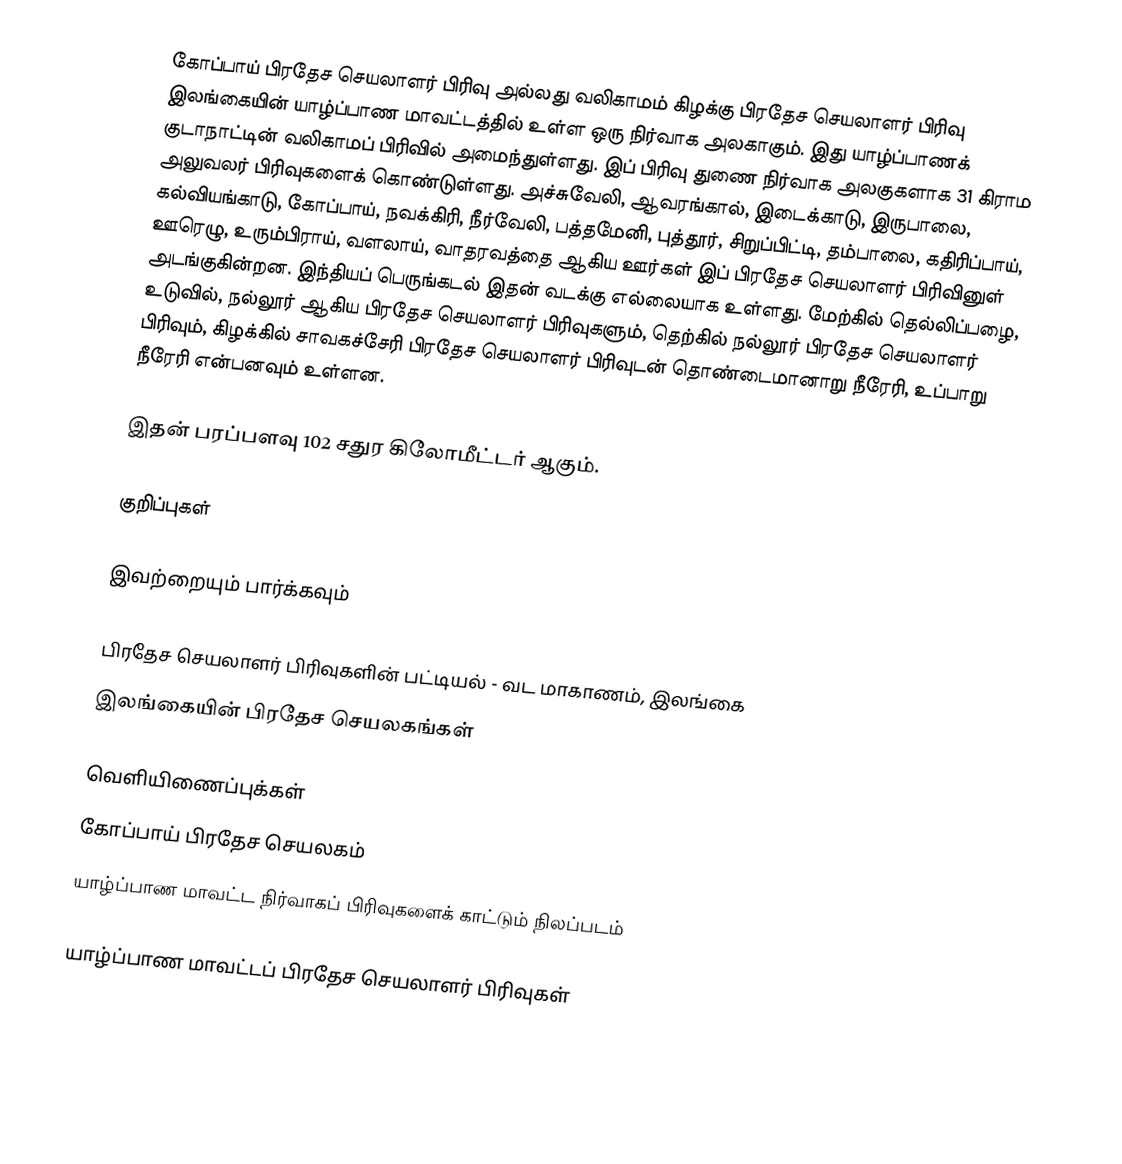
கோப்பாய் பிரதேச செயலாளர் பிரிவு அல்லது வலிகாமம் கிழக்கு பிரதேச செயலாளர் பிரிவு இலங்கையின் யாழ்ப்பாண மாவட்டத்தில் உள்ள ஒரு நிர்வாக அலகாகும். இது யாழ்ப்பாணக் குடாநாட்டின் வலிகாமப் பிரிவில் அமைந்துள்ளது. இப் பிரிவு துணை நிர்வாக அலகுகளாக 31 கிராம அலுவலர் பிரிவுகளைக் கொண்டுள்ளது. அச்சுவேலி, ஆவரங்கால், இடைக்காடு, இருபாலை, கல்வியங்காடு, கோப்பாய், நவக்கிரி, நீர்வேலி, பத்தமேனி, புத்தூர், சிறுப்பிட்டி, தம்பாலை, கதிரிப்பாய், ஊரெழு, உரும்பிராய், வளலாய், வாதரவத்தை  ஆகிய ஊர்கள் இப் பிரதேச செயலாளர் பிரிவினுள் அடங்குகின்றன. இந்தியப் பெருங்கடல் இதன் வடக்கு எல்லையாக உள்ளது. மேற்கில் தெல்லிப்பழை, உடுவில், நல்லூர் ஆகிய பிரதேச செயலாளர் பிரிவுகளும், தெற்கில் நல்லூர் பிரதேச செயலாளர் பிரிவும், கிழக்கில் சாவகச்சேரி பிரதேச செயலாளர் பிரிவுடன் தொண்டைமானாறு நீரேரி, உப்பாறு நீரேரி என்பனவும் உள்ளன.

இதன் பரப்பளவு 102 சதுர கிலோமீட்டர் ஆகும்.

குறிப்புகள்

இவற்றையும் பார்க்கவும்

 பிரதேச செயலாளர் பிரிவுகளின் பட்டியல் - வட மாகாணம், இலங்கை
 இலங்கையின் பிரதேச செயலகங்கள்

வெளியிணைப்புக்கள்
 கோப்பாய் பிரதேச செயலகம்
 யாழ்ப்பாண மாவட்ட நிர்வாகப் பிரிவுகளைக் காட்டும் நிலப்படம்

யாழ்ப்பாண மாவட்டப் பிரதேச செயலாளர் பிரிவுகள்